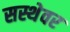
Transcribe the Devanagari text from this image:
सस्थेवर